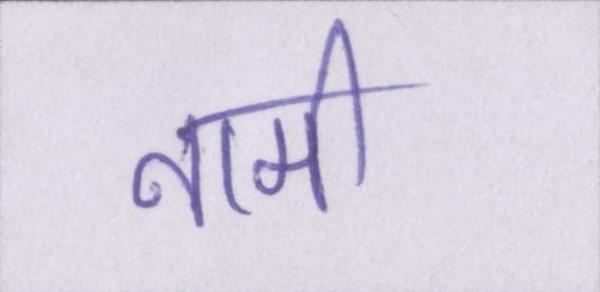
नामी